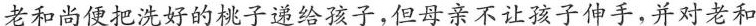
老和尚便把洗好的桃子递给孩子，但母亲不让孩子伸手，并对老